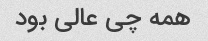
همه چی عالی بود